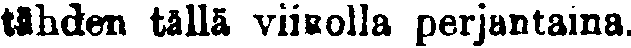
tähden tällä viikolla perjantaina.